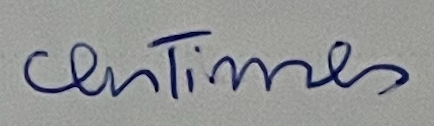
centimes